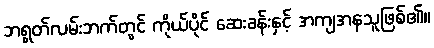
ဘရွတ်လမ်းဘက်တွင် ကိုယ်ပိုင် ဆေးခန်းနှင့် အကျအနသူဖြစ်၏။